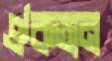
ঐকতান